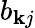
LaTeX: b_{\mathbf{k}j}